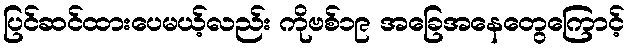
ပြင်ဆင်ထားပေမယ့်လည်း ကိုဗစ်၁၉ အခြေအနေတွေကြောင့်